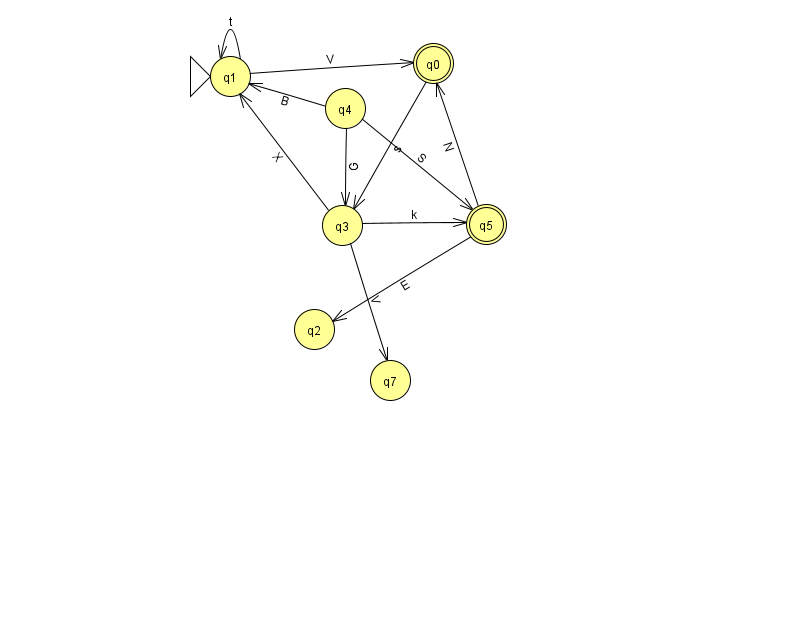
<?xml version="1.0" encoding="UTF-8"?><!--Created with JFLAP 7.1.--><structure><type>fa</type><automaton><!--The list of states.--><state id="0" name="q0"><x>433.0</x><y>50.0</y><final/></state><state id="1" name="q1"><x>230.0</x><y>63.0</y><initial/></state><state id="2" name="q2"><x>314.0</x><y>316.0</y></state><state id="3" name="q3"><x>342.0</x><y>212.0</y></state><state id="4" name="q4"><x>345.0</x><y>95.0</y></state><state id="5" name="q5"><x>486.0</x><y>211.0</y><final/></state><state id="7" name="q7"><x>390.0</x><y>367.0</y></state><!--The list of transitions.--><transition><from>4</from><to>5</to><read>S</read></transition><transition><from>1</from><to>1</to><read>t</read></transition><transition><from>4</from><to>3</to><read>G</read></transition><transition><from>4</from><to>1</to><read>B</read></transition><transition><from>1</from><to>0</to><read>V</read></transition><transition><from>0</from><to>3</to><read>s</read></transition><transition><from>3</from><to>7</to><read>V</read></transition><transition><from>3</from><to>5</to><read>k</read></transition><transition><from>5</from><to>2</to><read>E</read></transition><transition><from>5</from><to>0</to><read>N</read></transition><transition><from>3</from><to>1</to><read>X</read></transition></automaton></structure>